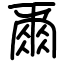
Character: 𫝃